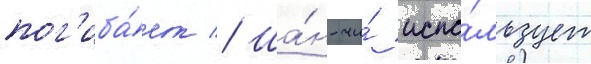
пог'иба́ет // Ша́н-чи́ испо́льзует